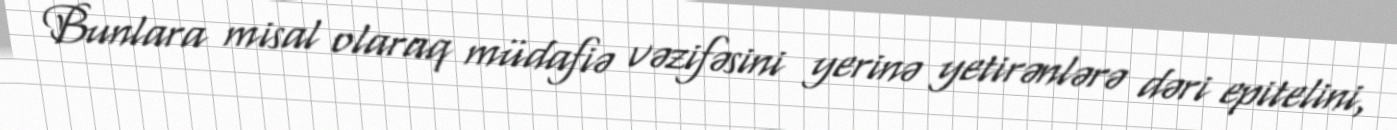
Bunlara misal olaraq müdafiə vəzifəsini yerinə yetirənlərə dəri epitelini,